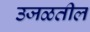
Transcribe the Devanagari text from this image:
उजळतील